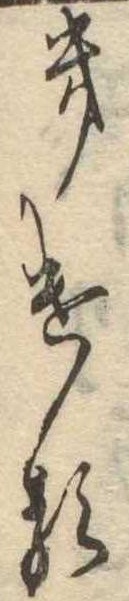
きける